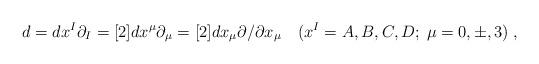
LaTeX: \begin{align*}d=dx^I \partial_I=[2] dx^{\mu} \partial_{\mu} =[2] dx_{\mu} \partial / \partial x_{\mu}\quad (x^I=A,B,C,D;\; \mu=0, \pm , 3)\;,\end{align*}